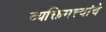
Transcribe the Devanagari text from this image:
व्यक्तिमत्त्वांचे